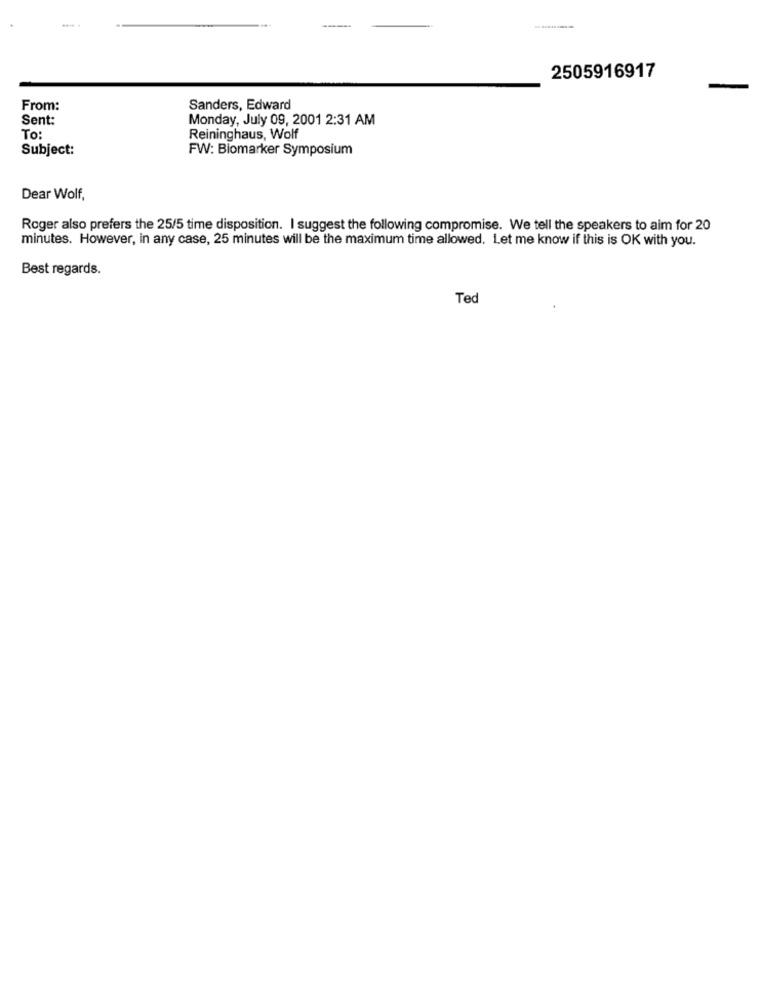
2505916917
From:
Sanders, Edward
Sent:
Monday, July 09, 2001 2:31 AM
To:
Reininghaus, Wolf
Subject:
FW: Biomarker Symposium
Dear Wolf,
Roger also prefers the 25/5 time disposition. I suggest the following compromise. We tell the speakers to aim for 20
minutes. However, in any case, 25 minutes will be the maximum time allowed. Let me know if this is OK with you.
Best regards.
Ted